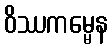
ဝိဿကမ္မေန